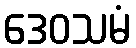
ဒေဝသမံ